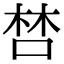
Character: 𠵂